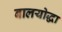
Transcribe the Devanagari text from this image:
बालयोद्धा